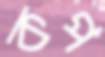
কপ